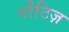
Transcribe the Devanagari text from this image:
नौटिज़